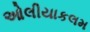
ઓલીયાકલમ